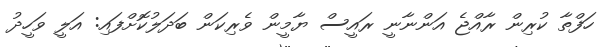
ހަފްތާ ކުރިން ރާއްޖެ އަންނާނީ ރައީސް ޔާމީން ވެރިކަން ބަދަލުކޮށްފައި: އަލީ ވަހީދު